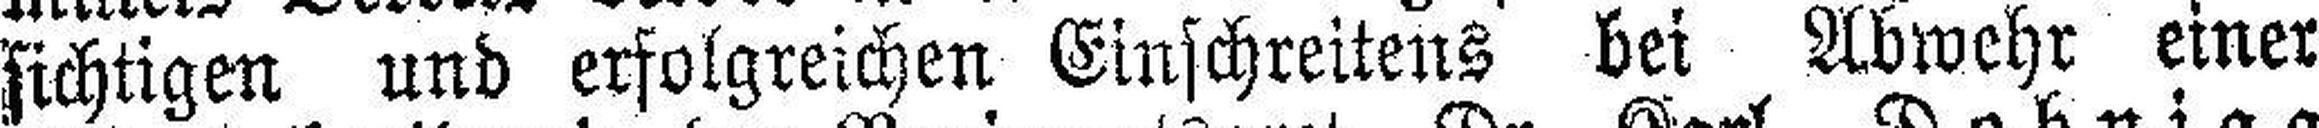
sichtigen und erfolgreichen Einschreitens bei Abwehr einer